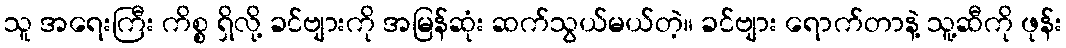
သူ အရေးကြီး ကိစ္စ ရှိလို့ ခင်ဗျားကို အမြန်ဆုံး ဆက်သွယ်မယ်တဲ့။ ခင်ဗျား ရောက်တာနဲ့ သူ့ဆီကို ဖုန်း